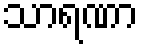
သာရဏာ